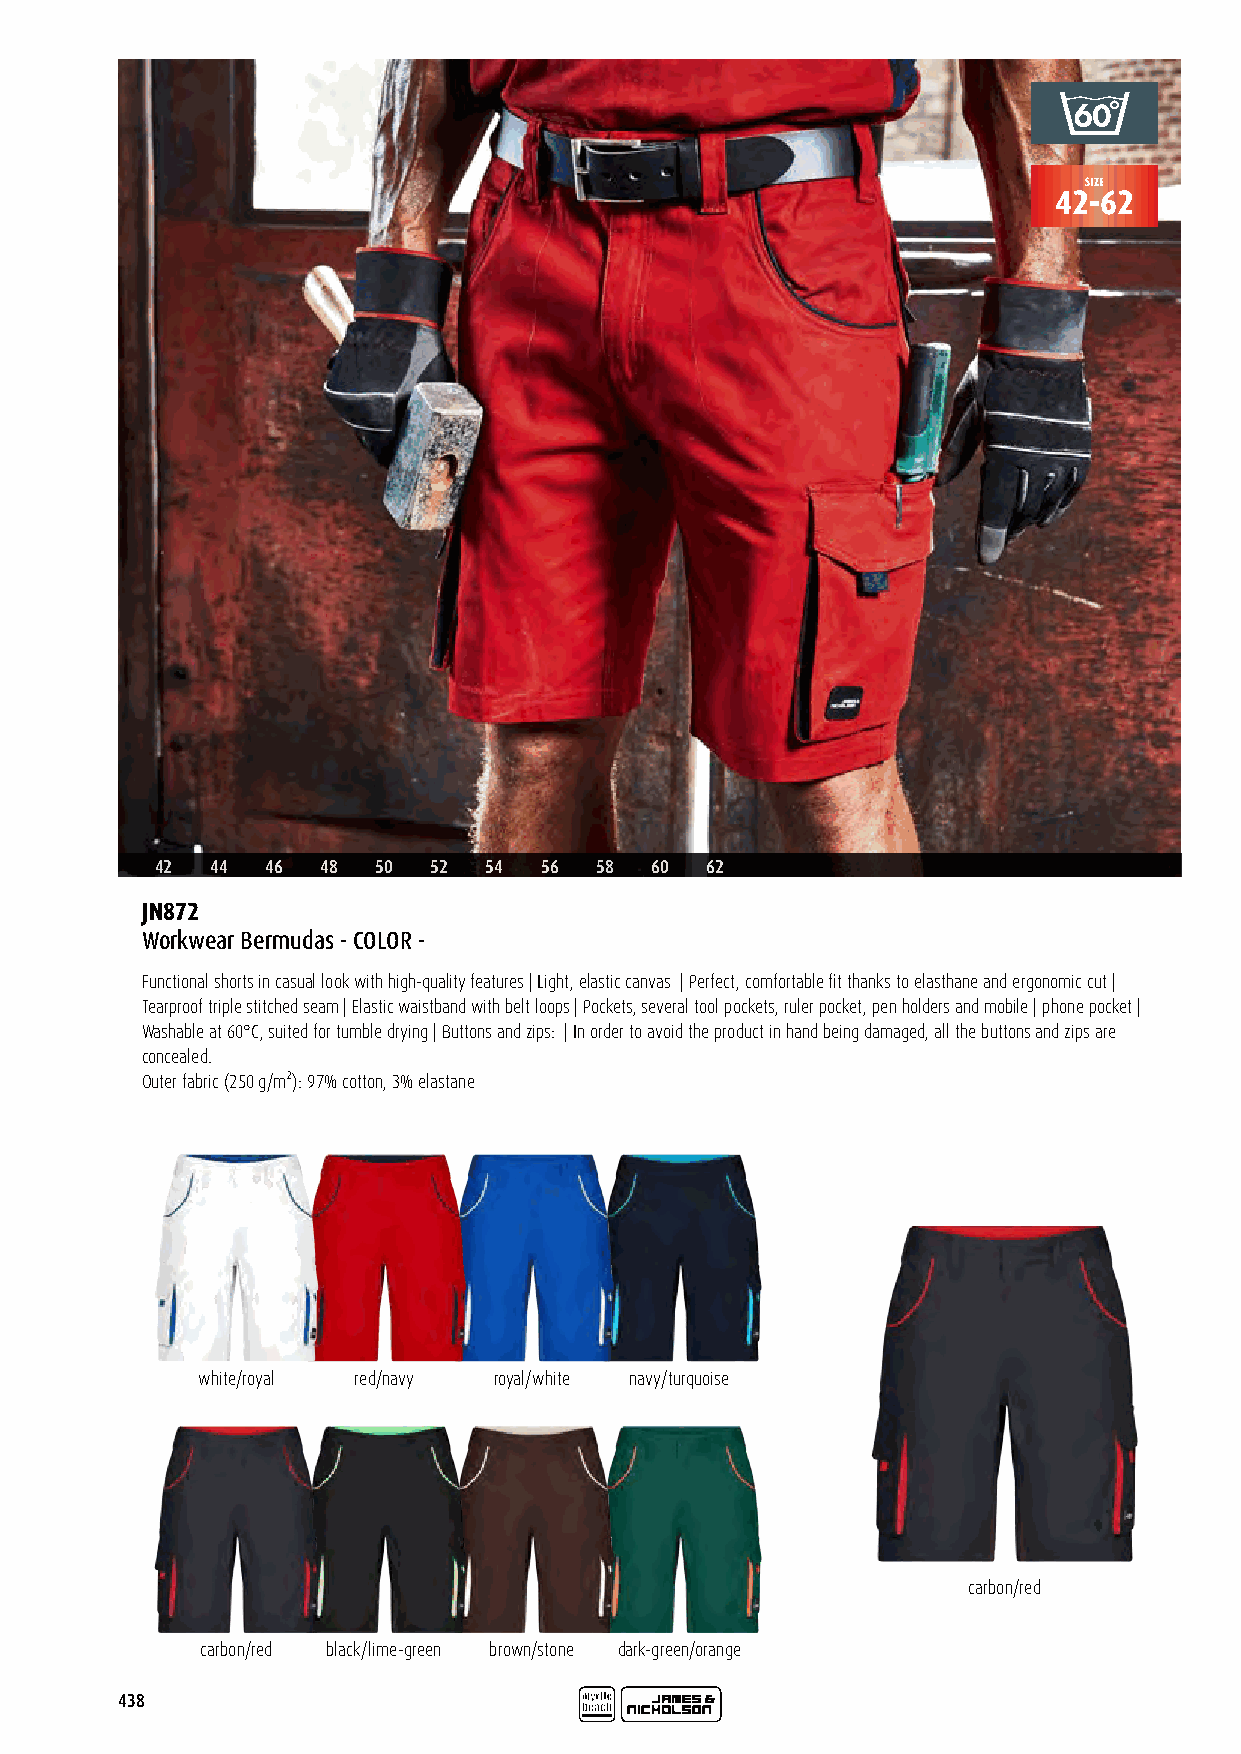
SIZE
 42-62
 42  44  46 48  50 52  54  56 58  60  62
 JN872
 Workwear Bermudas - COLOR -
 Functional shorts in casual look with high-quality features | Light, elastic canvas | Perfect, comfortable fit thanks to elasthane and ergonomic cut |
 Tearproof triple stitched seam | Elastic waistband with belt loops | Pockets, several tool pockets, ruler pocket, pen holders and mobile | phone pocket |
 Washable at 60°C, suited for tumble drying | Buttons and zips: | In order to avoid the product in hand being damaged, all the buttons and zips are
 concealed.
 Outer fabric (250 g/m²): 97% cotton, 3% elastane
 white/royal red/navy royal/white navy/turquoise
 carbon/red
 carbon/red black/lime-green brown/stone dark-green/orange
 438